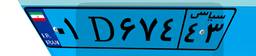
۰۱D۶۷۴۴۳